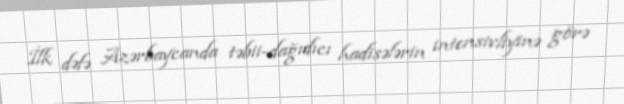
İlk dəfə Azərbaycanda təbii-dağıdıcı hadisələrin intensivliyinə görə